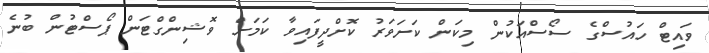
ވައިޓް ހައުސްގެ ސޯސްއަކުން މިކަން ކަށަވަރު ކޮށްދީފައިވާ ކަމަށް ވޮޝިންގްޓަން ޕޯސްޓުން ބުނެ